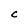
Character: C